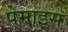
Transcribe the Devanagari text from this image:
पेमाइस